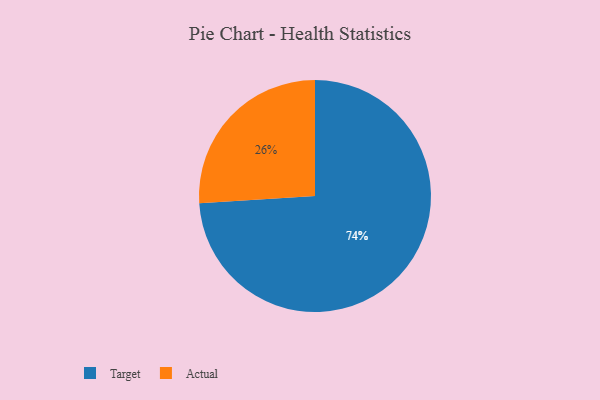
{"axis": {"x": "Category", "y": "Percentage"}, "legend": ["Actual", "Target"], "data": [{"x": "Target", "y": 74, "type": "Target"}, {"x": "Actual", "y": 26, "type": "Actual"}]}